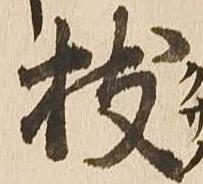
枝